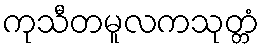
ကုသီတမူလကသုတ္တံ